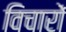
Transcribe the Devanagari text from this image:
विचाराें